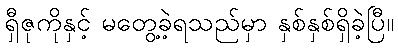
ရှီဇုကိုနှင့် မတွေ့ခဲ့ရသည်မှာ နှစ်နှစ်ရှိခဲ့ပြီ။